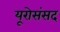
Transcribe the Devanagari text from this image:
यूरोसंसद